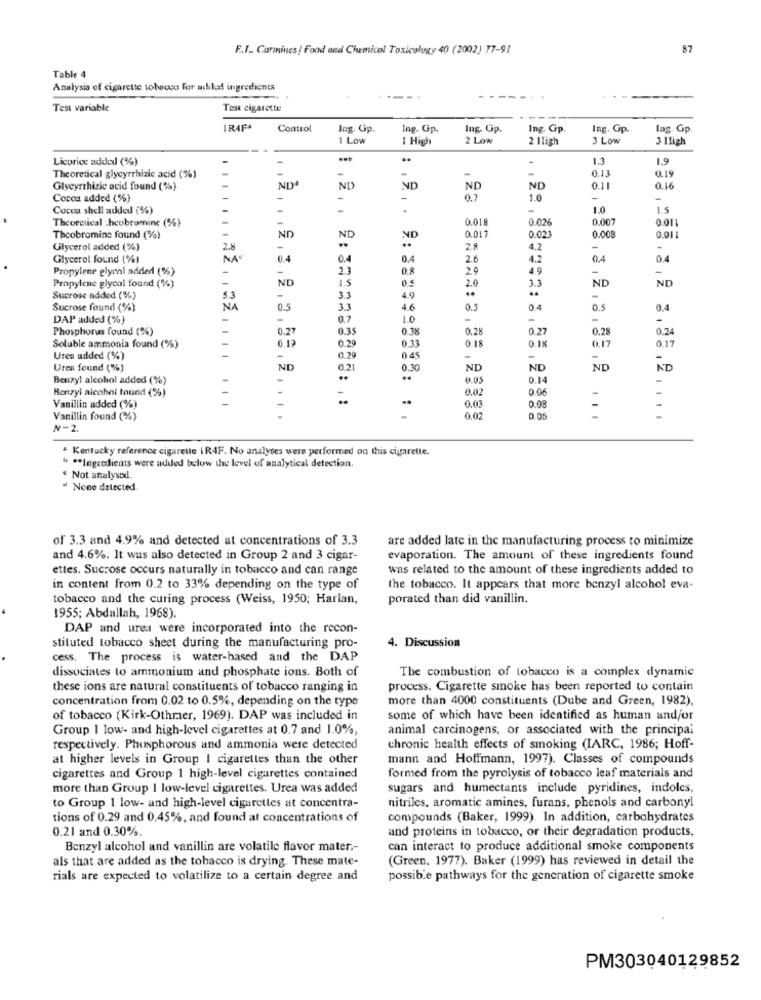
F.I. Carmines / Food and Chemical Toxicology 40 (2002) 77-91
87
Table 4
Analysis of cigarette tobacco For adikat ingredients
---
Test variable
Test cigarette
IRAFA
Control
Ing. Gp.
Ing. Gp.
Ing. Op.
Ing. Gp.
Ing. Gp.
lag. Gp
1 Low
1 High
2 Low
2 11igh
3 LOW
3 Iligh
Licorice added (%)
..
-
1.3
1.9
-
-
Theoretical glycyrrhizic acid (%)
-
-
0.13
0.19
Glycyrrhizic acid found (%)
ND
ND
ND
ND
ND
0.11
0.16
Cocoa added (%)
-
-
0.7
1.0
-
-
Cocoa shell added (%)
-
-
1.0
1.5
Theoretical :hcobromine (%)
0.018
0.026
0.007
001
ND
0.01
Theobromine found (%)
ND
ND
0.017
0.023
0.008
Glycerol added (%)
2.8
2 8
1.2
-
Glycerol found (%)
NA
0.4
0.4
0.4
2.6
4.2
0,4
0.4
Propylene glynni added (%)
23
0.8
29
49
ND
15
0.5
ND
ND
Propylene glycol found (%)
2.0
3.3
Sucrose added (%)
5.3
3.3
4.9
-
Sucrose found (%)
NA
0.5
3.3
4.6
0.3
0.4
05
0,4
DAP added (%}
0.7
1.0
-
-
-
Phosphorus found (%)
0.27
0.35
0.38
0.28
0.27
0.28
0.13
0.29
0.33
0.18
0.18
0.24
Soluble ammonia found (%)
0.17
0.17
Urea added (%)
-
0.29
0 45
-
-
Uren found (%)
ND
0.21
0.30
ND
ND
ND
AD
Benzyl alcohol added (%)
..
0.05
0.14
Benzyl alcohol tound (%)
0.02
0.06
..
Vanillin added (%)
0.03
0.08
-
Vanillin found (%)
-
0.02
0.05
N-2.
Kentucky reference cigarette IR4F. No analyses were performed on this cigarette.
" ** Ingredients were added below the level of analytical detection.
Not analysed.
None detected
of 3.3 and 4.9% and detected at concentrations of 3.3
are added late in the manufacturing process to minimize
and 4.6%. It was also detected in Group 2 and 3 cigar-
evaporation. The amount of these ingredients found
ettes. Sucrose occurs naturally in tobacco and can range
was related to the amount of these ingredients added to
in content from 0.2 to 33% depending on the type of
the tobacco. It appears that more benzyl alcohol eva-
tobacco and the curing process (Weiss, 1950; Harlan,
porated than did vanillin.
1955; Abdallah, 1968).
DAP and urea were incorporated into the recon-
4. Discussion
stituted tobacco sheet during the manufacturing pro-
cess. The process is water-based and the DAP
dissociates to ammonium and phosphate ions. Both of
The combustion of tobacco is a complex dynamic
these ions are natural constituents of tobacco ranging in
process. Cigarette smoke has been reported to contain
concentration from 0.02 to 0.5%, depending on the type
more than 4000 constituents (Dube and Green, 1982),
of tobacco (Kirk-Othmer, 1969). DAP was included in
some of which have been identified as human and/or
Group | low- and high-level cigarettes at 0.7 and 1.0%,
animal carcinogens, or associated with the principal
respectively. Phosphorous and ammonia were detected
chronic health effects of smoking (IARC, 1986; Hoff-
at higher levels in Group I cigarettes than the other
mann and Hoffmann, 1997). Classes of compounds
cigarettes and Group 1 high-level cigarettes contained
formed from the pyrolysis of tobacco leaf materials and
more than Group 1 low-level cigarettes. Urea was added
sugars and humectants include pyridines, indoles,
nitriles, aromatic amines, furans, phenols and carbonyl
to Group 1 low- and high-level cigarettes at concentra-
tions of 0.29 and 0.45%, and found at concentrations of
compounds (Baker, 1999). In addition, carbohydrates
0.21 and 0.30%.
and proteins in tobacco, or their degradation products,
Benzyl alcohol and vanillin are volatile flavor mater .-
can interact to produce additional smoke components
als that are added as the tobacco is drying. These mate-
(Green, 1977). Baker (1999) has reviewed in detail the
rials are expected to volatilize to a certain degree and
possible pathways for the generation of cigarette smoke
PM303040129852